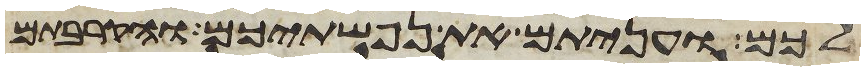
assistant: לכם ועניתם את נפשתיכם והקרבתם